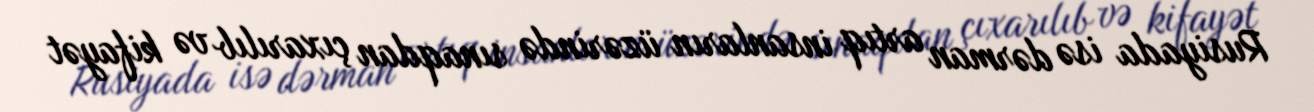
Rusiyada isə dərman artıq insanların üzərində sınaqdan çıxarılıb və kifayət